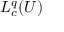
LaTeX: L _ { c } ^ { q } ( U )